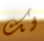
لك